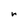
Character: r